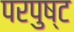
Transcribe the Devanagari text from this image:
परपुष्ट